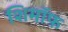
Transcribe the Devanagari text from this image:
शिमॉफ